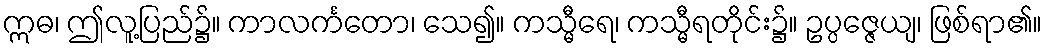
ဣဓ၊ ဤလူ့ပြည်၌။ ကာလင်္ကတော၊ သေ၍။ ကသ္မီရေ၊ ကသ္မီရတိုင်း၌။ ဥပ္ပဇ္ဇေယျ၊ ဖြစ်ရာ၏။